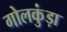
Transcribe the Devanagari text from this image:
गोलकुंड़ा